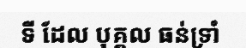
ទី ដែល បុគ្គល ធន់ទ្រាំ